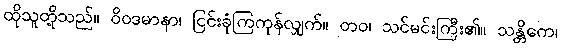
ထိုသူတို့သည်။ ဝိဝဒမာနာ၊ ငြင်းခုံကြကုန်လျှက်။ တဝ၊ သင်မင်းကြီး၏။ သန္တိကေ၊